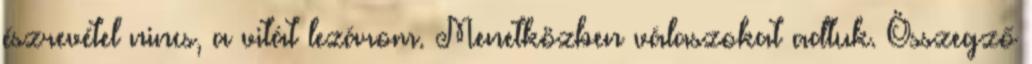
észrevétel nincs, a vitát lezárom. Menetközben válaszokat adtuk. Összegző